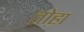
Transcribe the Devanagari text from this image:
तोहा